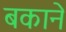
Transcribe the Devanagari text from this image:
बकाने